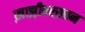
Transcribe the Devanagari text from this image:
ख़ाझ़ीतरख़ान